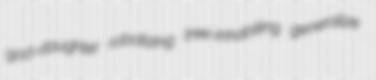
god-daughter robotizing tree-inhabiting generalize